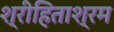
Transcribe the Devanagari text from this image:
श्रीहिताश्रम